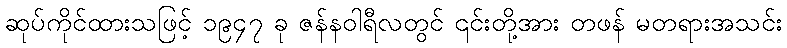
ဆုပ်ကိုင်ထားသဖြင့် ၁၉၄၇ ခု ဇန်နဝါရီလတွင် ၎င်းတို့အား တဖန် မတရားအသင်း